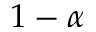
1 - \alpha